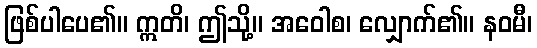
ဖြစ်ပါပေ၏။ ဣတိ၊ ဤသို့။ အဝေါစ၊ လျှောက်၏။ နဝမီ၊